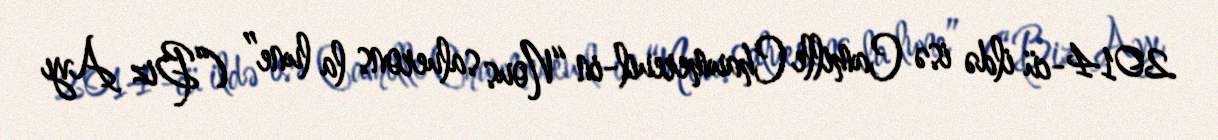
2014-cü ildə isə Camille Chaumereuil-in “Nous saluerons la lune” (“Biz Ayı